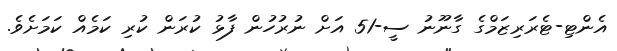
އެންޓި-ޓެރަރިޒަމްގެ ގާނޫނު ސީ-51 އަށް ނުރުހުން ފާޅު ކުރަން ކުރި ކަމެއް ކަމަށެވެ.